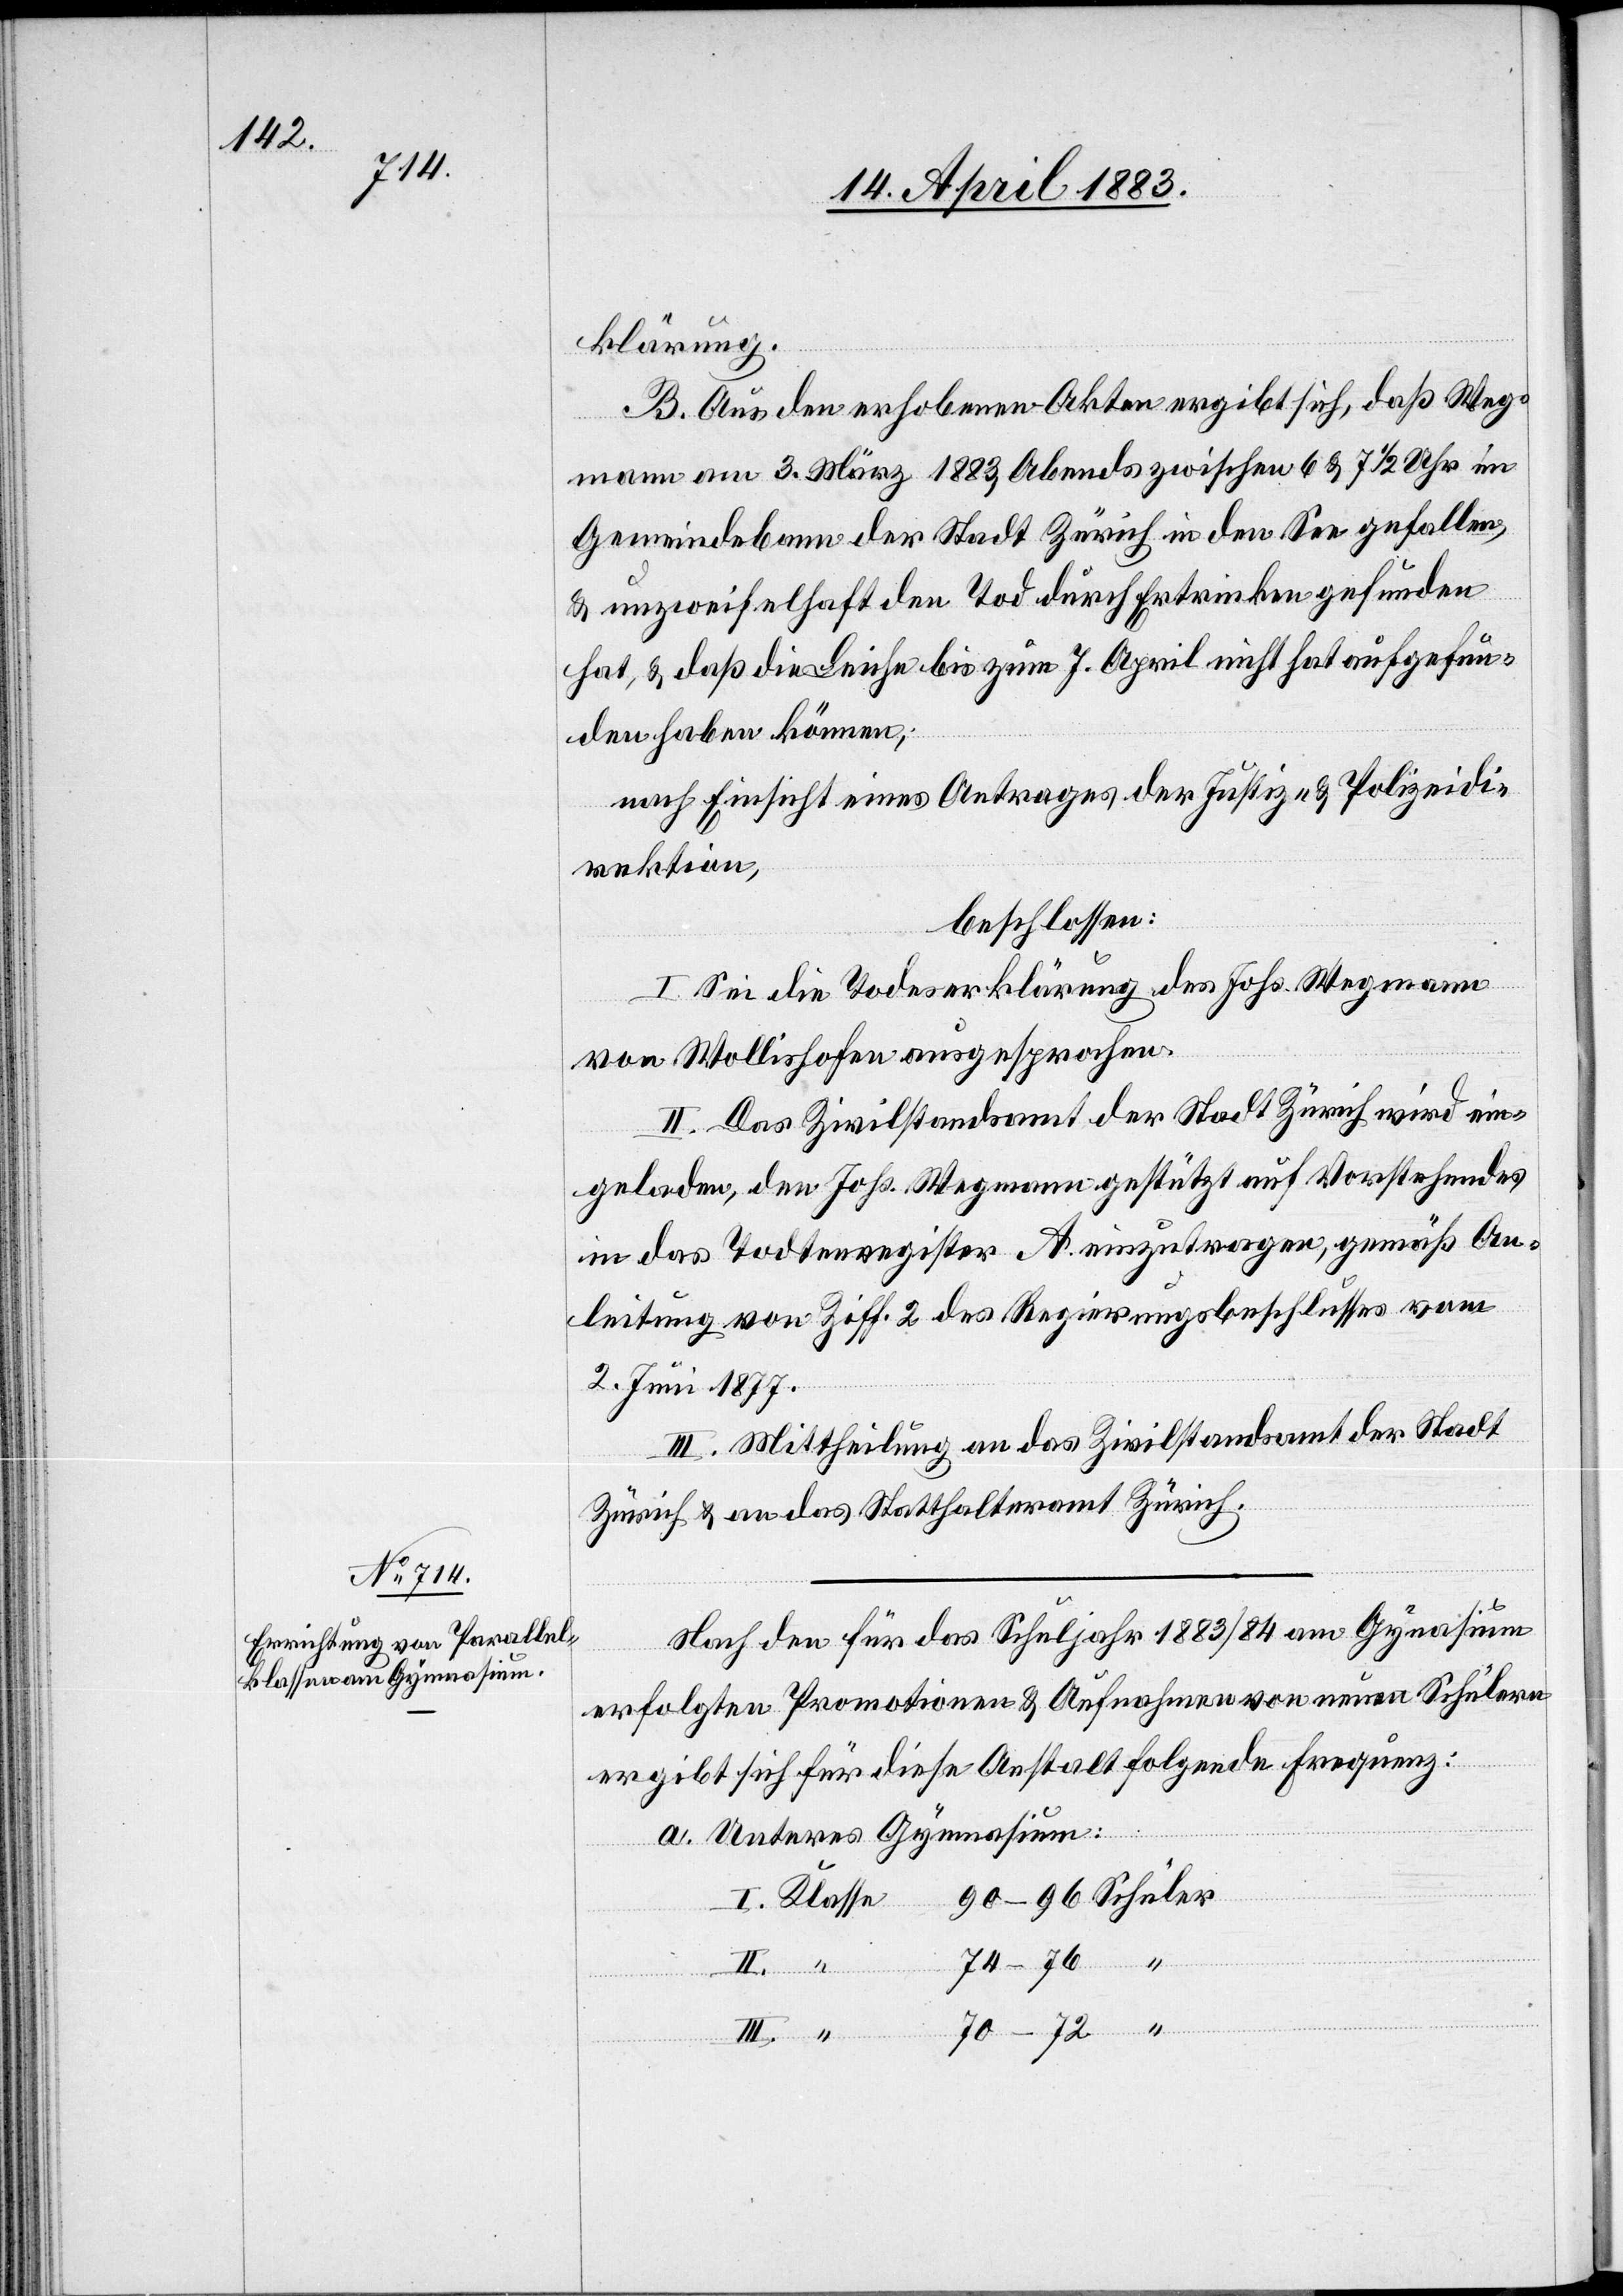
klärung.
B. Aus den erhobenen Akten ergibt sich, daß Weg¬
mann am 3. März 1883, Abends zwischen 6 & 7 1/2 Uhr im
Gemeindebann der Stadt Zürich in den See gefallen,
& unzweifelhaft den Tod durch Ertrinken gefunden
hat, & daß die Leiche bis zum 7. April nicht hat aufgefun¬
den haben können;
nach Einsicht eines Antrages der Justiz- & Polizeidi¬
rektion,
beschlossen:
I.
I. Sei die Todeserklärung des Johs. Wegmann
von Wollishofen ausgesprochen.
II. Das Zivilstandsamt der Stadt Zürich wird ein¬
geladen, den Johs. Wegmann gestützt auf Vorstehendes
in das Todtenregister A einzutragen, gemäß An¬
leitung von Ziff. 2 des Regierungsbeschlußes vom
2. Juni 1877.
III. Mittheilung an das Zivilstandsamt der Stadt
Zürich & an das Statthalteramt Zürich.
Nach den für das Schuljahr 1883/94 am Gymnasium
erfolgten Promotionen & Aufnahmen von neuen Schülern
ergibt sich für diese Anstalt folgende Frequenz:
a. Unteres Gymnasium: